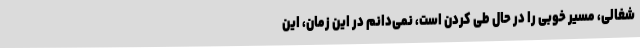
شغالی، مسیر خوبی را در حال طی کردن است، نمی‌دانم در این زمان، این